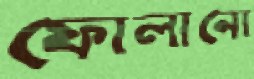
ফোলানো